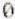
0